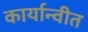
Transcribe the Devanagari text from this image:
कार्यान्‍वीत